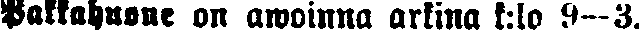
Pakkahuone on awoinna arkina k:lo 9—3.